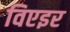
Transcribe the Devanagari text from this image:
विएइर